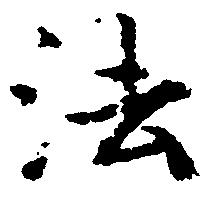
法